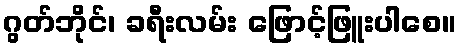
ဂွတ်ဘိုင်၊ ခရီးလမ်း ဖြောင့်ဖြူးပါစေ။